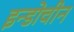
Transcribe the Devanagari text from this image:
इन्डोचीन